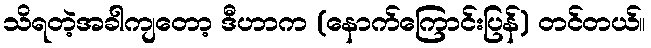
သိရတဲ့အခါကျတော့ ဒီဟာက (နောက်ကြောင်းပြန်) တင်တယ်။